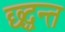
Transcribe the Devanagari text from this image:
छ्द्धन्त